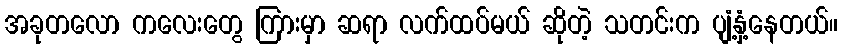
အခုတလော ကလေးတွေ ကြားမှာ ဆရာ လက်ထပ်မယ် ဆိုတဲ့ သတင်းက ပျံ့နှံ့နေတယ်။